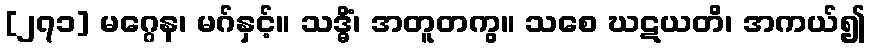
[၂၇၁] မဂ္ဂေန၊ မဂ်နှင့်။ သဒ္ဓိံ၊ အတူတကွ။ သစေ ဃဋယတိ၊ အကယ်၍